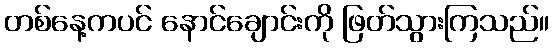
တစ်နေ့ကပင် နောင်ချောင်းကို ဖြတ်သွားကြသည်။